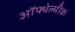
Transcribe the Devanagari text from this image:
ऑफ्थेल्मीक